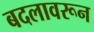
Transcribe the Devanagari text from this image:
बदलावरून